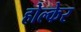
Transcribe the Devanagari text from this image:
होल्केर